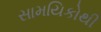
સામયિકોથી